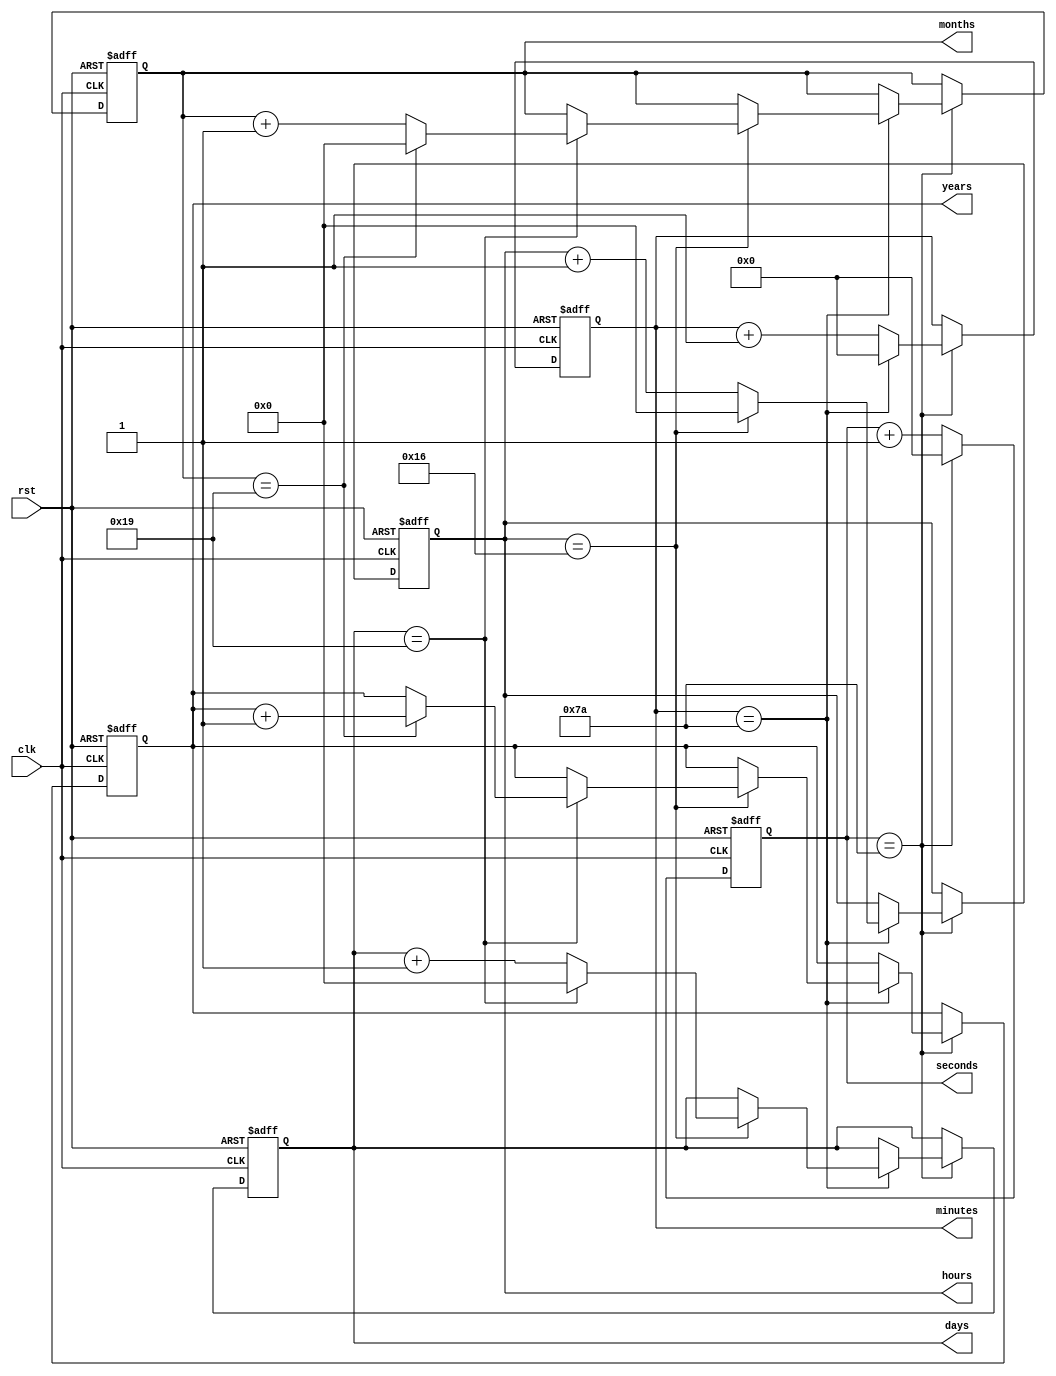
module RTC_timer(
    input wire clk,
    input wire rst,
    output reg [6:0] seconds,
    output reg [6:0] minutes,
    output reg [4:0] hours,
    output reg [4:0] days,
    output reg [4:0] months,
    output reg [4:0] years
);

reg [6:0] sec_count;
reg [6:0] min_count;
reg [4:0] hour_count;
reg [4:0] day_count;
reg [4:0] month_count;
reg [4:0] year_count;

always @(posedge clk or posedge rst) begin
    if (rst) begin
        sec_count <= 7'b0000000;
        min_count <= 7'b0000000;
        hour_count <= 5'b00000;
        day_count <= 5'b00000;
        month_count <= 5'b00000;
        year_count <= 5'b00000;
    end else begin
        if (sec_count == 7'b1111010) begin
            sec_count <= 7'b0000000;
            if (min_count == 7'b1111010) begin
                min_count <= 7'b0000000;
                if (hour_count == 5'b10110) begin
                    hour_count <= 5'b00000;
                    if (day_count == 5'b11001) begin
                        day_count <= 5'b00000;
                        if (month_count == 5'b11001) begin
                            month_count <= 5'b00000;
                            year_count <= year_count + 5'b00001;
                        end else begin
                            month_count <= month_count + 1;
                        end
                    end else begin
                        day_count <= day_count + 1;
                    end
                end else begin
                    hour_count <= hour_count + 1;
                end
            end else begin
                min_count <= min_count + 1;
            end
        end else begin
            sec_count <= sec_count + 1;
        end
    end
end

assign seconds = sec_count;
assign minutes = min_count;
assign hours = hour_count;
assign days = day_count;
assign months = month_count;
assign years = year_count;

endmodule